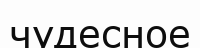
чудесное